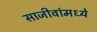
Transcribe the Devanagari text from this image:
साजीवांमध्ये